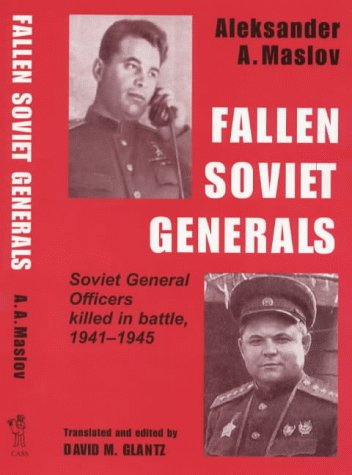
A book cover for Fallen Soviet Generals: Soviet General Officers Killed in Battle, 1941-1945 (Cass Series on Soviet Military Institutions, 1); Aleksander A. Maslov; History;